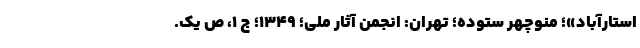
استارآباد»؛ منوچهر ستوده؛ تهران: انجمن آثار ملّی؛ ۱۳۴۹؛ ج ۱، ص یک.